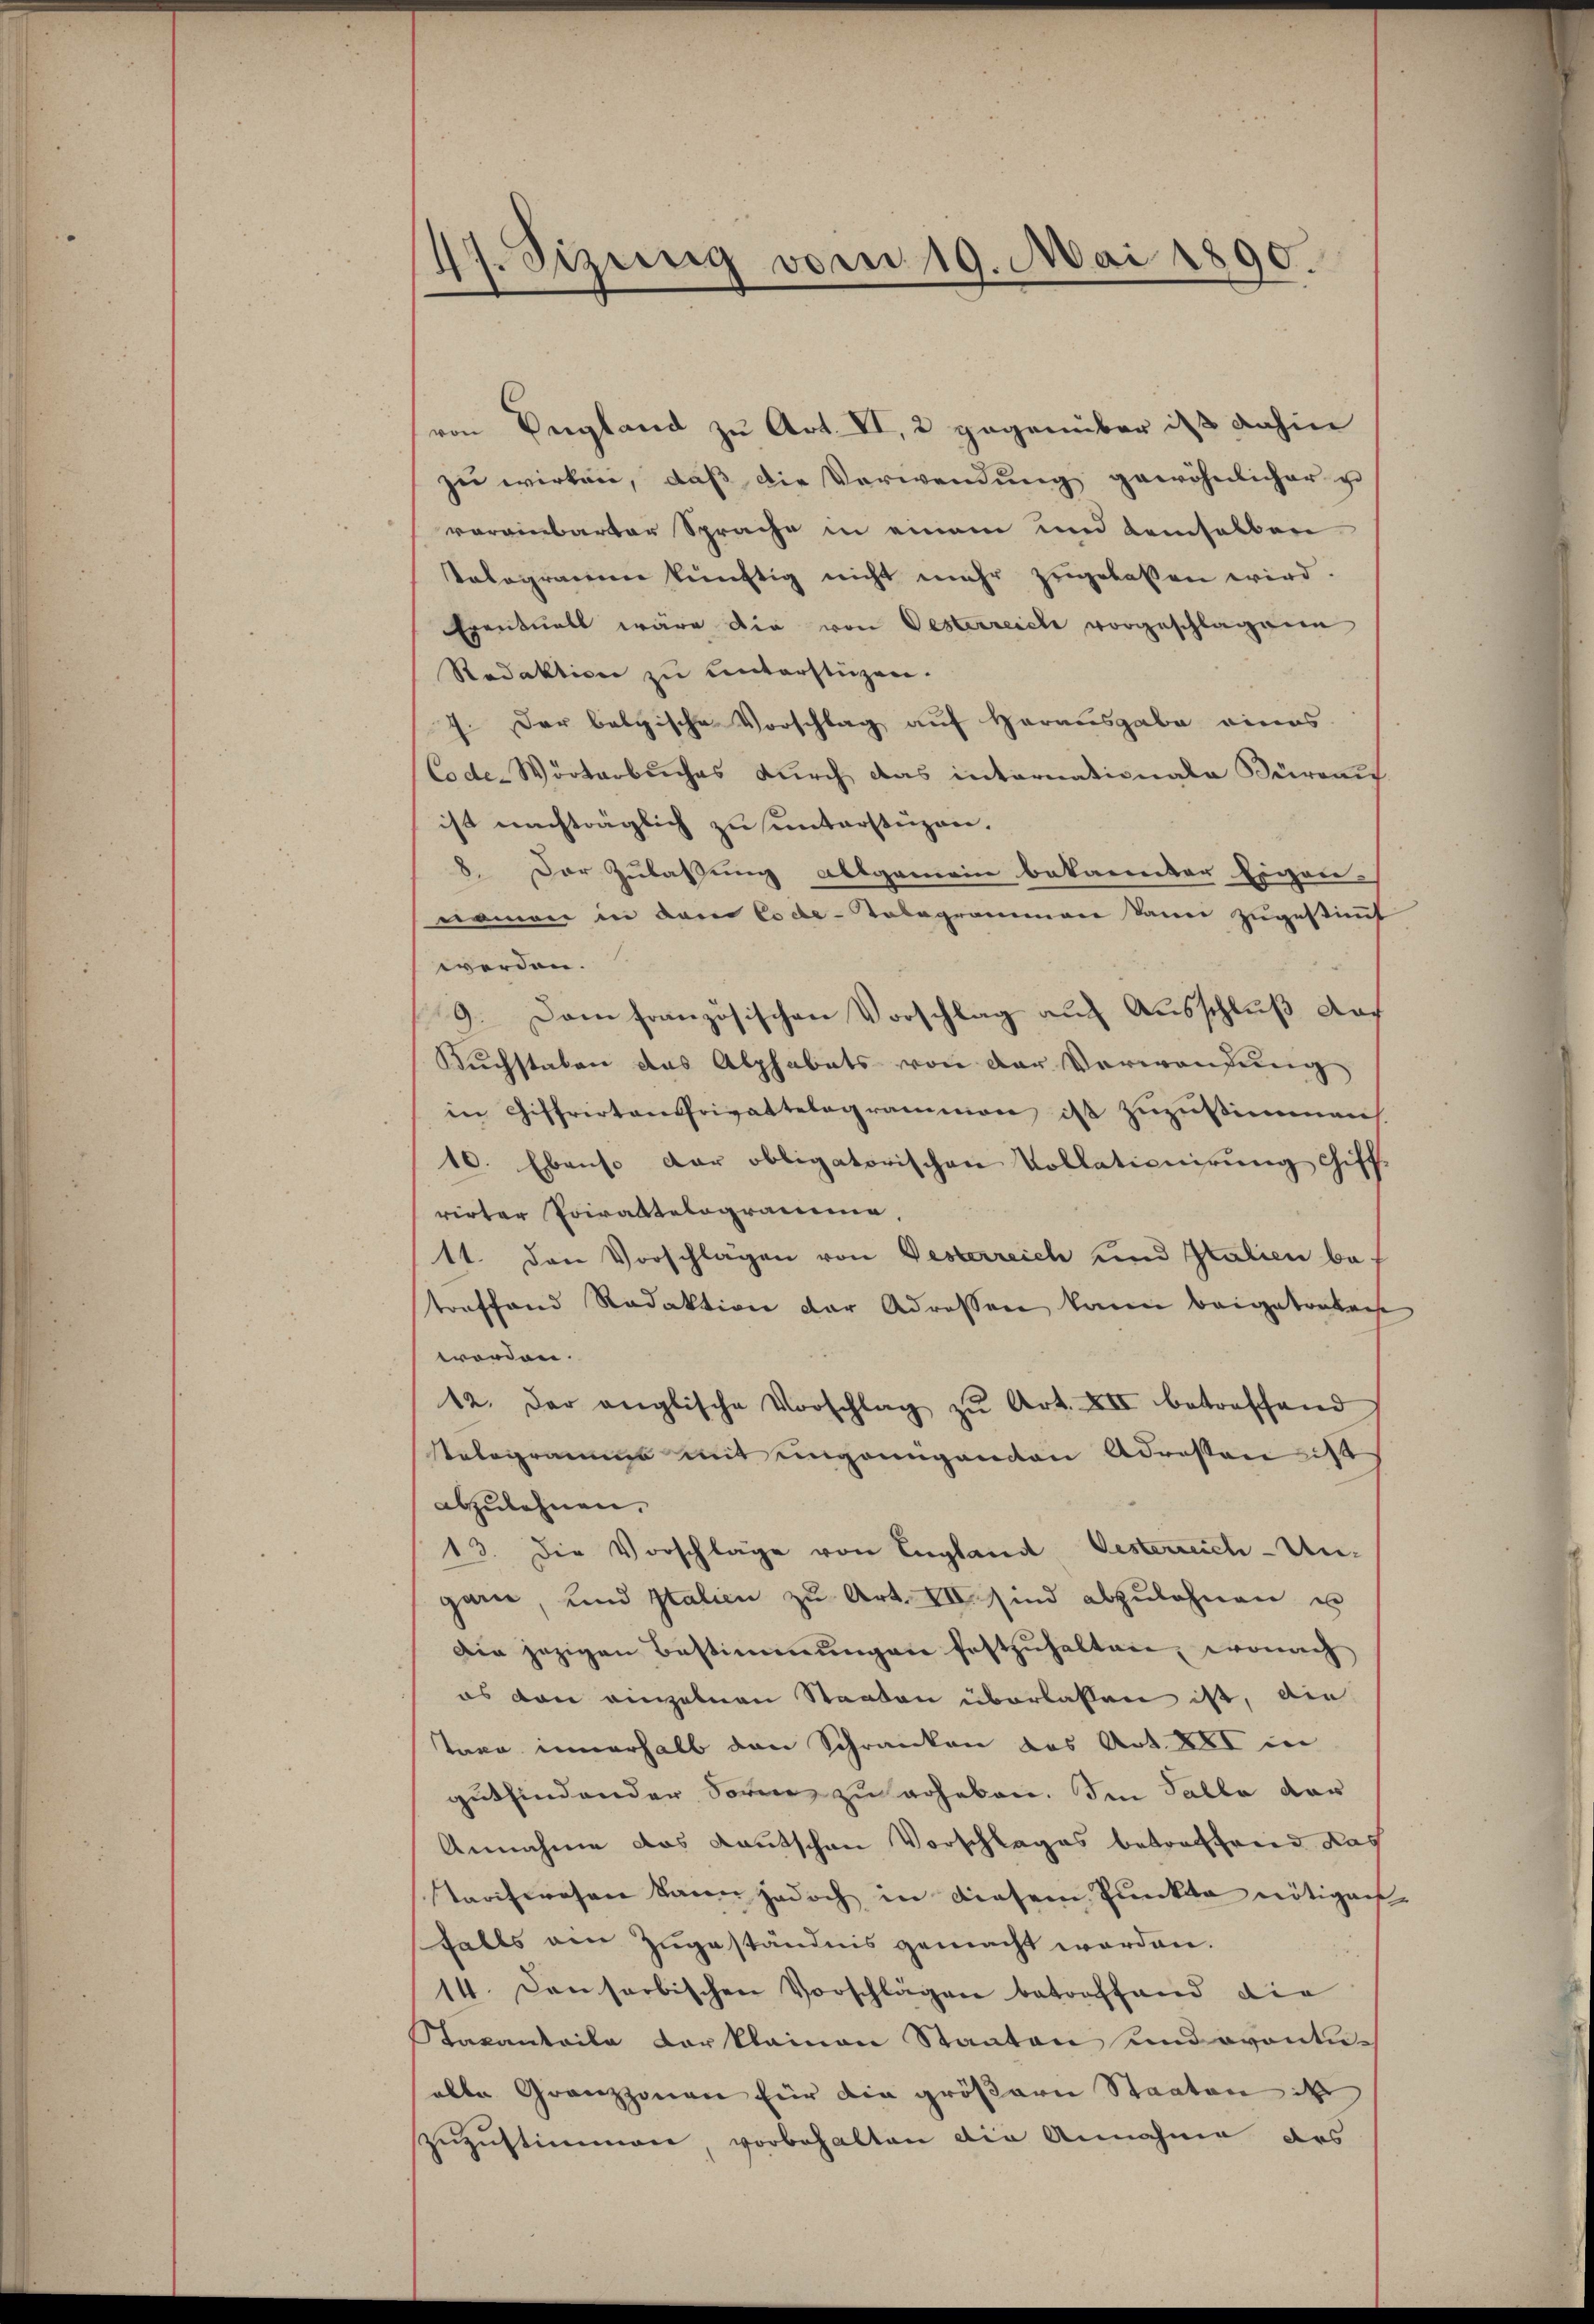
47. Sizung vom 19. Mai 1890.

von Vergland zu Art. II, 2 gegenüber ds dahin
zŭ wirken, daβ die Verwendŭng gewöhnlicher u
voreinbarter Sprache in einem und demselben
Vologramm künftig nicht mehr zugelassen wird.
Eventuell wäre die von Oesterreich vorgeschlagene
Redaktion zu unterstüzen.
7. Der belgische Vorschlag auf Herausgabe eines
Code-Wörterbuches durch das internationale Büreau
ist nachträglich zu unterstüzen.
8. Der Zulassung allgemein bekannter Eigen-
namen in dem Code-Telegrammen dann zugestimmt
werden.
9. Dem französischen Vorschlag auf Ausschluß das
Buchstaben das Alphabats von der Verwandung
in Giffrirten Privattelegrammen ist zuzustimmen.
10. Ebenso dar obligatorischen Vollationirung chiffrirter Privattelogramme,
11. Den Vorschlägen von Gesterreich und Italien bef
toeffend Redaktion der Adressen kann beigetretene
worden.
12. Der anglische Vorschlag zŭ Art. XII betreffend
Rologramm mit eingangenden Adresten ist
abzulehnen.
13. Die Vorschläge von England Gesterreich-Ungarn, und Italien zu Art. III. sind abzulehnen u
Die jezigen Bestimmungen festzuhalten, wonach
es den einzelnen Staaten überlassen ist, die
Taxe innerhalb den Schranken des Art. XXI in
gutfindender Sonne zu erheben. Im Falle dar
Annahme das Kautschen Vorschlages betreffend das
Tarifwesen kann jedoch in diesem Punkte nötigers
falls am Zugeständnis gemacht werden.
14. Dansarbischen Vorschlägen betroffend die
Racanteile dorklainen Staaten und ovontualle Grenzzonen für die größern Staaten is
zuzustimmen, vorbehalten die Annahme des